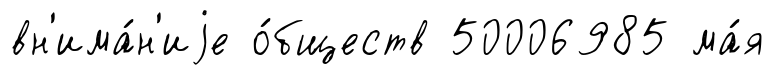
вн'има́н'иjе о́бществ 50006985 ма́я